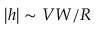
\left| h \right| \sim { V W / R }